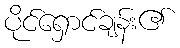
ပိုင်ရှောင်ချန်း၏